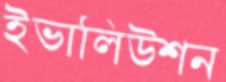
ইভালিউশন